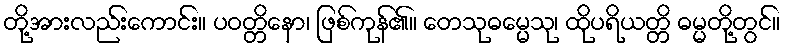
တို့အားလည်းကောင်း။ ပဝတ္တိနော၊ ဖြစ်ကုန်၏။ တေသုဓမ္မေသု၊ ထိုပရိယတ္တိ ဓမ္မတို့တွင်။